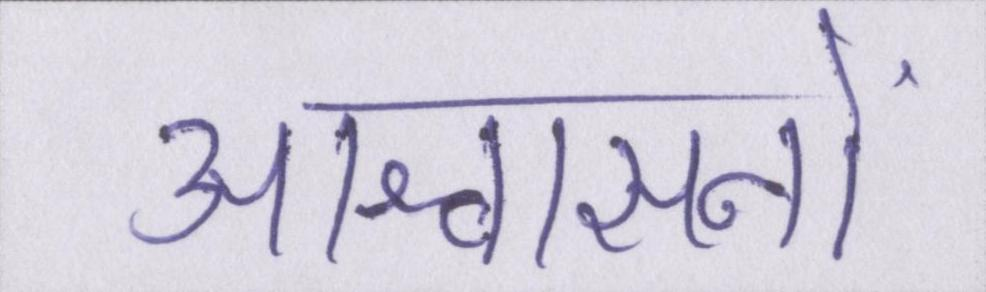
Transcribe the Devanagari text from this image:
आश्वासनों